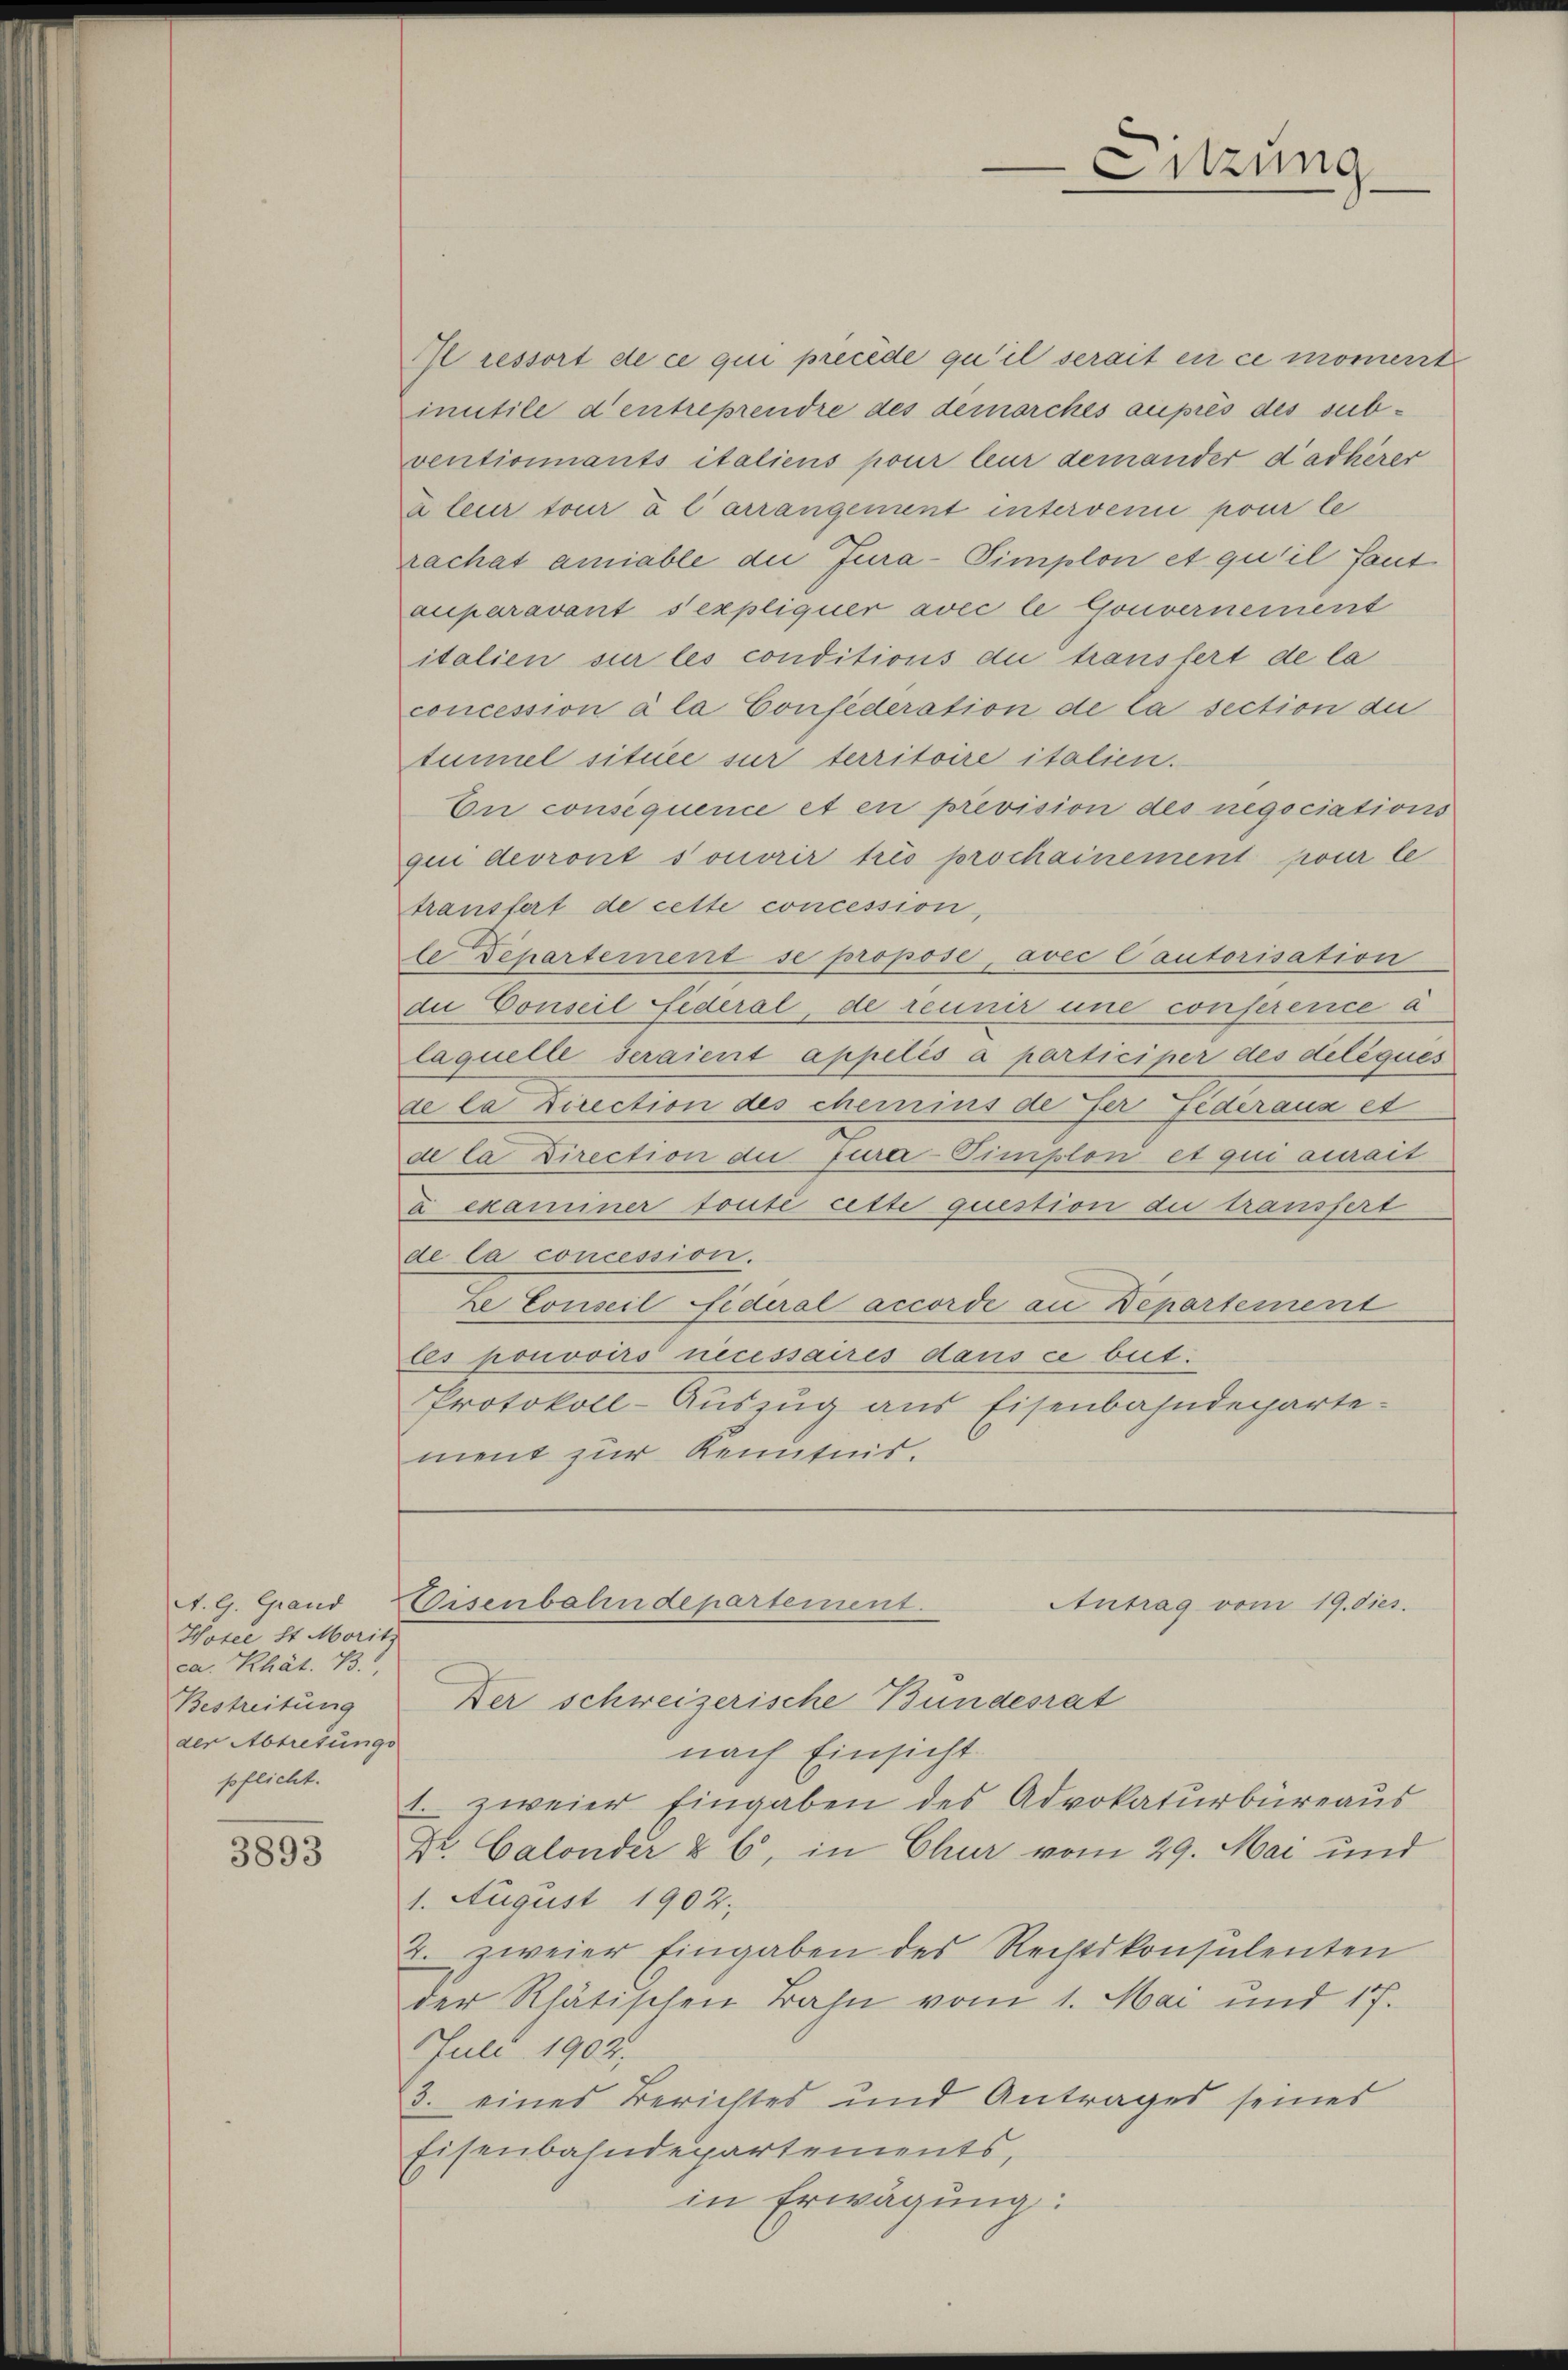
A. G. Grand
Hotel St. Moritz
ca. Rhät. 73.
Bestreitung
der Abtretungs
pflicht.

3893

Il ressort de ce qui precede qu’il serait en ce moment
inutile d’entreprendre des demorches auprès des subventionnants italiens pour leur demander dadherer
à leur tour a l arrangement intervenie pour le
rachat amiable die Jura-Simplon et qu’il faut
auparavant s’expliquer avec le Gouvernement
italien sur les conditions die transfert de la
concession à la Confederation de la section au
tumel située sur territoire italien.
En consequence et en prevision des negociations
qui devront sonorir trés prochainement pour le
transfert de cette concession,
le Departement se propose, avec Cautorisation
die Conseil Federal, de reiner une conference à
laquelle seraient appelés à participer des delèques
de la Direction des chemins de der Federaus et
de la Direction die fura-Timplon et qui aurait
a examiner fonté cette question die transfert
de la concession.
ze Conseil fideral accorde an Departement
les pouvoirs necessaires dans ce beit.
Protokoll-Auszug aus Eisenbahndeparte-
ment zur Kenntnis.

Der schweizerische Bundesrat
nach Einsicht
1. zweier Eingaben des Advokaturbüreaus
Dr. Calonder & 6, in Chur vom 29. Mai und
1. August 1902.
2. zweier Eingaben des Rechtskonsulenten
der Rhätischen Bahn vom 1. Mai und 17.
Juli 1902,
3. eines Berichtes und Antrages seines
Eisenbahndepartements,
in Erwägung:

.

Sitzung

Eisenbahndepartement.
Antrag vom 19. dies